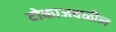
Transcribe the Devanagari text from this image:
टोकाजवळील